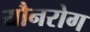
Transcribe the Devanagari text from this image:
यौनरोग